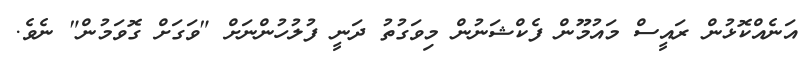
އަނެއްކޮޅުން ރައީސް މައުމޫން ފެކްޝަނުން މިވަގުތު ދަނީ ފުލުހުންނަށް "ވަގަށް ގޮވަމުން" ނެވެ.